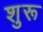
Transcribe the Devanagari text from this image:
शुरू